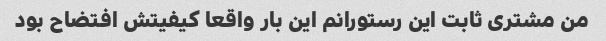
من مشتری ثابت این رستورانم این بار واقعا کیفیتش افتضاح بود